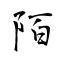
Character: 陌